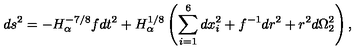
d s ^ { 2 } = - H _ { \alpha } ^ { - 7 / 8 } f d t ^ { 2 } + H _ { \alpha } ^ { 1 / 8 } \left( \sum _ { i = 1 } ^ { 6 } d x _ { i } ^ { 2 } + f ^ { - 1 } d r ^ { 2 } + r ^ { 2 } d \Omega _ { 2 } ^ { 2 } \right) ,